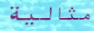
مثالية